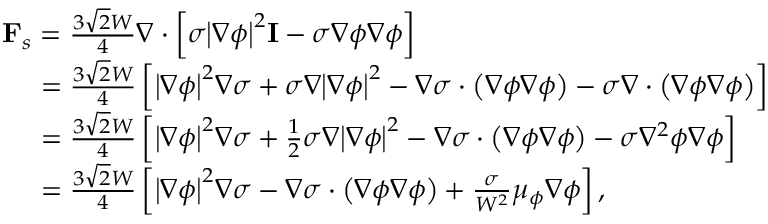
\begin{array} { l } { { { \bf { F } } _ { s } } = \frac { { 3 \sqrt 2 W } } { 4 } \nabla \cdot \left[ { \sigma { { \left| { \nabla \phi } \right| } ^ { 2 } } { \bf { I } } - \sigma \nabla \phi \nabla \phi } \right] } \\ { \; \; \; \; \; = \frac { { 3 \sqrt 2 W } } { 4 } \left[ { { { \left| { \nabla \phi } \right| } ^ { 2 } } \nabla \sigma + \sigma \nabla { { \left| { \nabla \phi } \right| } ^ { 2 } } - \nabla \sigma \cdot \left( { \nabla \phi \nabla \phi } \right) - \sigma \nabla \cdot \left( { \nabla \phi \nabla \phi } \right) } \right] } \\ { \; \; \; \; \; = \frac { { 3 \sqrt 2 W } } { 4 } \left[ { { { \left| { \nabla \phi } \right| } ^ { 2 } } \nabla \sigma + \frac { 1 } { 2 } \sigma \nabla { { \left| { \nabla \phi } \right| } ^ { 2 } } - \nabla \sigma \cdot \left( { \nabla \phi \nabla \phi } \right) - \sigma { \nabla ^ { 2 } } \phi \nabla \phi } \right] } \\ { \; \; \; \; \; = \frac { { 3 \sqrt 2 W } } { 4 } \left[ { { { \left| { \nabla \phi } \right| } ^ { 2 } } \nabla \sigma - \nabla \sigma \cdot \left( { \nabla \phi \nabla \phi } \right) + \frac { \sigma } { { { W ^ { 2 } } } } { \mu _ { \phi } } \nabla \phi } \right] , } \end{array}